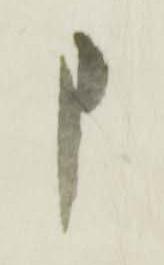
申